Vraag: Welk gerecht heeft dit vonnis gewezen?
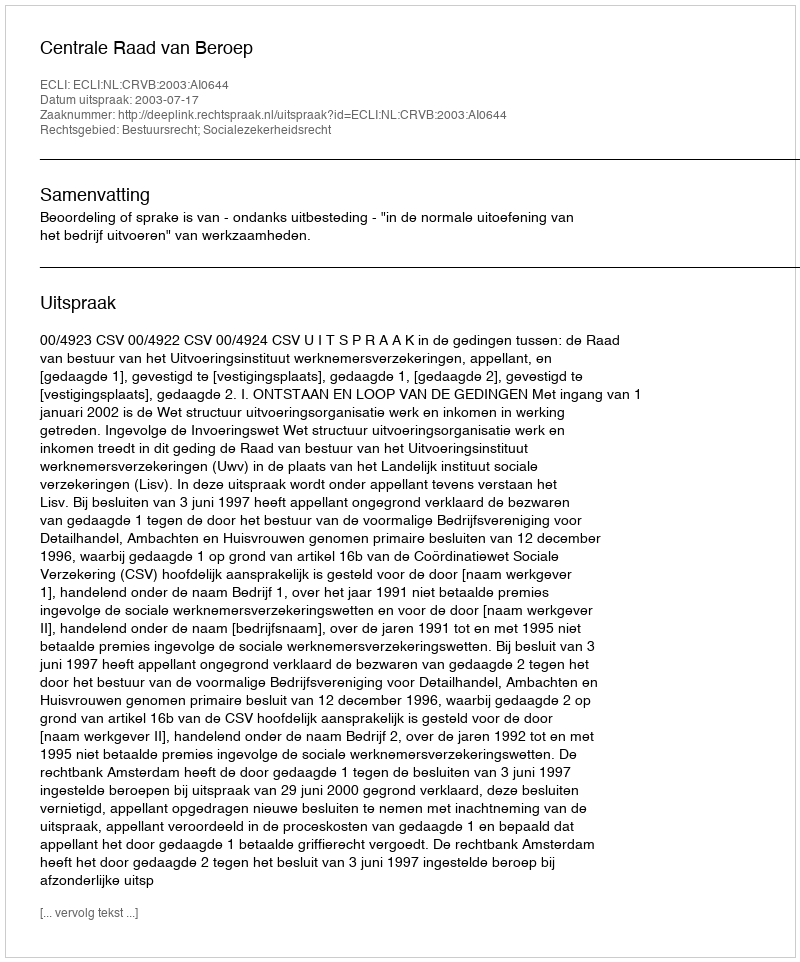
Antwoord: Centrale Raad van Beroep